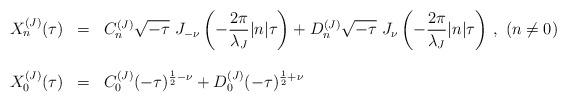
LaTeX: \begin{align*}\begin{array}{lcl}X_n^{(J)}(\tau) & = & {\displaystyle C_n^{(J)} \sqrt{-\tau}~ J_{-\nu} \left(-\frac{2\pi}{\lambda_J} |n| \tau \right) +D_n^{(J)} \sqrt{-\tau}~ J_{\nu} \left(-\frac{2\pi}{\lambda_J} |n| \tau \right) }~,~ (n\neq 0) \\ & & \\X_0^{(J)}(\tau) & = & {\displaystyle C_0^{(J)}(-\tau)^{\frac{1}{2} - \nu} +D_0^{(J)}(-\tau)^{\frac{1}{2} + \nu} }\end{array}\end{align*}